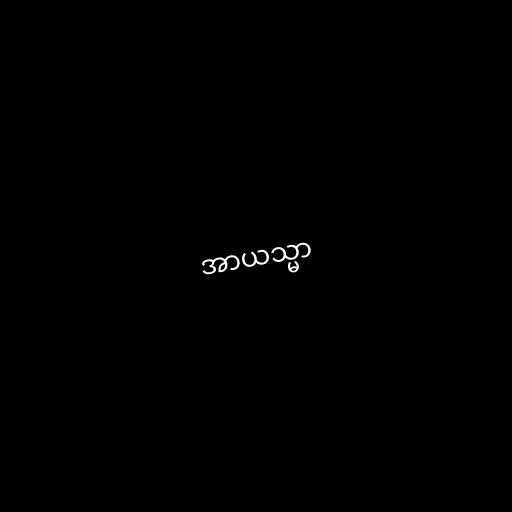
အာယသ္မာ